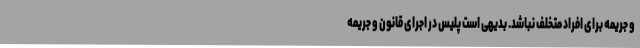
و جریمه برای افراد متخلف نباشد. بدیهی است پلیس در اجرای قانون و جریمه